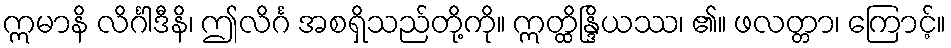
ဣမာနိ လိင်္ဂါဒီနိ၊ ဤလိင်္ဂ အစရှိသည်တို့ကို။ ဣတ္ထိန္ဒြိယဿ၊ ၏။ ဖလတ္တာ၊ ကြောင့်။